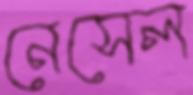
নেসেল